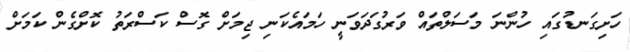
ހަށިގަނޑުގައި ހުންނަ މަސަލްތައް ވަރުގަދަވަނީ ހަމައެކަނި ޖިމަށް ގޮސް ކަސްރަތު ކޮށްގެން ކަމަށް